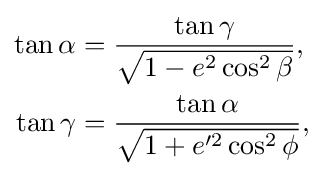
{\begin{aligned}\tan \alpha &={\frac {\tan \gamma }{\sqrt {1-e^{2}\cos ^{2}\beta }}},\\\tan \gamma &={\frac {\tan \alpha }{\sqrt {1+e'^{2}\cos ^{2}\phi }}},\end{aligned}}